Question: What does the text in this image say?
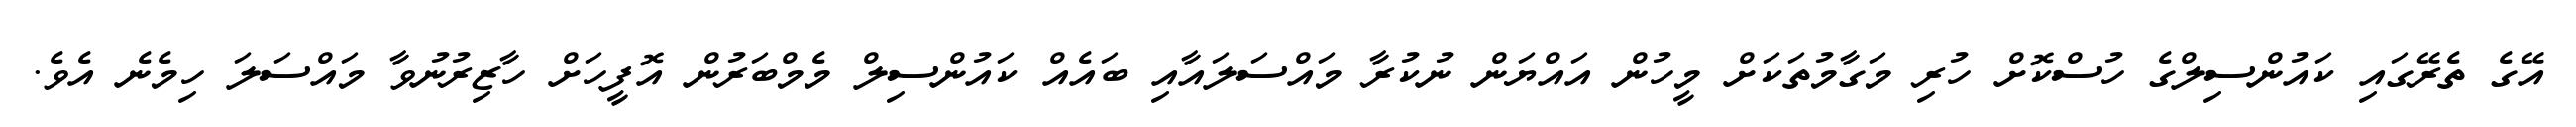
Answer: އޭގެ ތެރޭގައި ކައުންސިލްގެ ހުސްކޮށް ހުރި މަގާމުތަކަށް މީހުން އައްޔަން ނުކުރާ މައްސަލައާއި ބައެއް ކައުންސިލް މެމްބަރުން އޮފީހަށް ހާޒިރުނުވާ މައްސަލަ ހިމެނެ އެވެ.